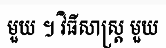
មួយ ។ វិធីសាស្ត្រ មួយ